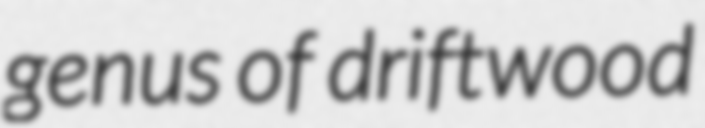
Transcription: genus of driftwood